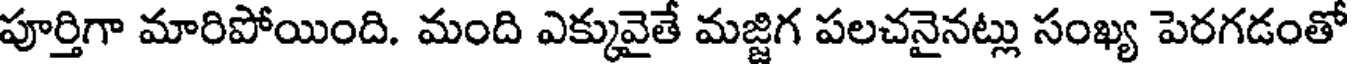
పూర్తిగా మారిపోయింది. మంది ఎక్కువైతే మజ్జిగ పలచనైనట్లు సంఖ్య పెరగడంతో